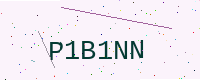
Text: P1B1NN